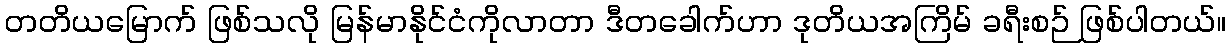
တတိယမြောက် ဖြစ်သလို မြန်မာနိုင်ငံကိုလာတာ ဒီတခေါက်ဟာ ဒုတိယအကြိမ် ခရီးစဉ် ဖြစ်ပါတယ်။